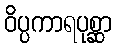
ဝိပ္ပကာရပုစ္ဆာ